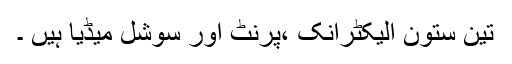
تین ستون الیکٹرانک ،پرنٹ اور سوشل میڈیا ہیں ۔